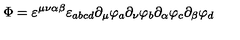
\Phi = \varepsilon ^ { \mu \nu \alpha \beta } \varepsilon _ { a b c d } \partial _ { \mu } \varphi _ { a } \partial _ { \nu } \varphi _ { b } \partial _ { \alpha } \varphi _ { c } \partial _ { \beta } \varphi _ { d }